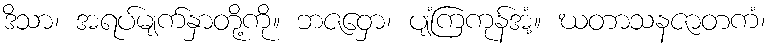
ဒိသာ၊ အရပ်မျက်နှာတို့ကို။ ဘဇဝှော၊ ပျံကြကုန်အံ့။ ဃတာသနဇာတကံ၊